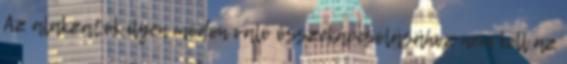
Az alakzatok ilyen módon való összekapcsolásához nem kell az